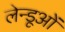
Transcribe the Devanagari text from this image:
लेन्डूओं